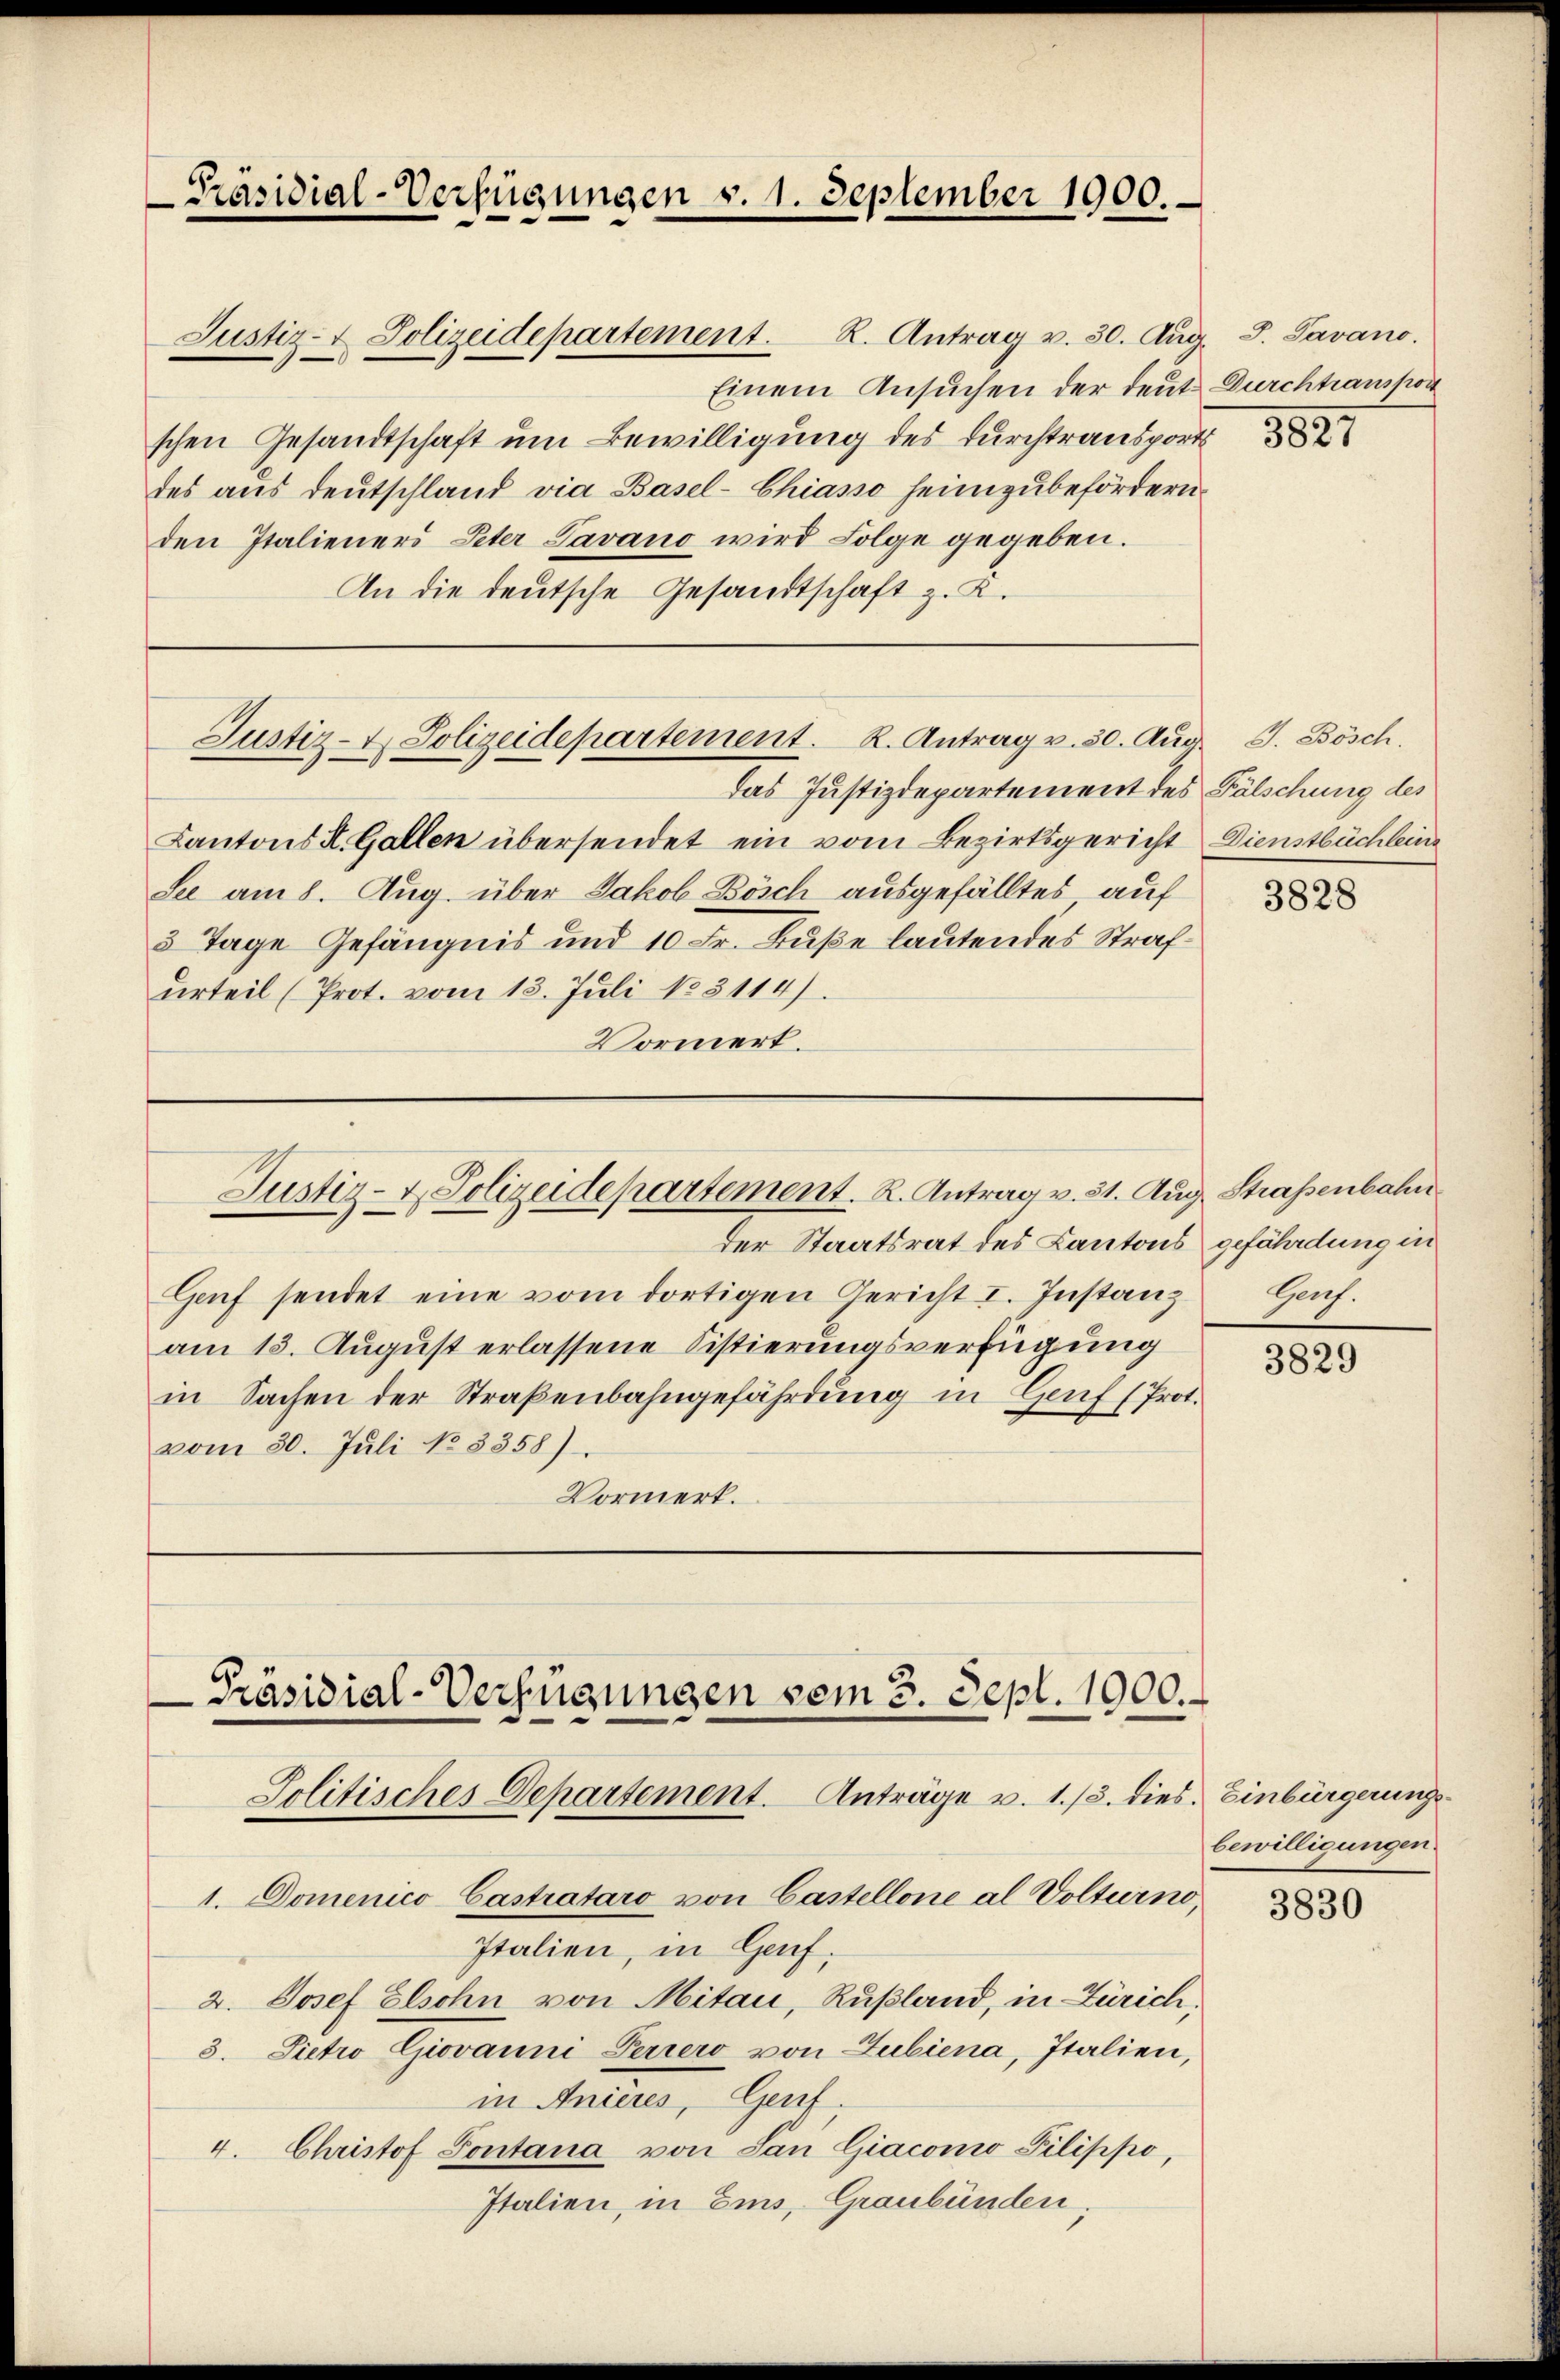
Präsidial-Verfügungen v. 1. September 1900.

Einem Ansuchen der deut. Durchtranspor
schen Gesandtschaft um Bewilligung des Durchtransports
des aus deutschland via Basel-Chiasso heimzubefördern.
den Italieners Peter Tavano wird Folge gegeben.
An die deutsche Gesandtschaft z. K.

Justiz- & Polizeidepartement. R. Antrag v. 30. Aug.

Das Justizdepartement des Fälschung des
Cantons K. Gallen übersendet ein vom Bezirksgericht
See am 8. Aug. über Jakob Bösch ausgefälltes auf
3 Tage Gefängnis und 10 Fr. Buße lautendes Strafurteil (Prot. vom 13. Juli 183114)
Vormert.

Justiz- & Polizeidepartement. R. Antrag v. 30. Aug. J. Bösch.

Justiz- & Polizeidepartement. R. Antrag v. 31. Aug. Straßenbahn

der Staatsrat des Kantons gefährdung in
Genf sendet eine vom dortigen Gericht I. Instanz
am 13. August erlassene Sistierungsverfügung
in Sachen der Straßenbahngefährdung in Genf (Prot.
vom 30. Juli No 3358)
Vormerk.

Präsidial-Verfügungen vom 3. Sept. 1900.
Politisches Departement. Anträge v. 1. /3. dies. Einbürgerungs¬

1. Domenico Castrataro von Castellone al Volturno,
Italien, in Genf.
2. Josef Elsohn von Mitau, Rußland, in Zürich,
3. Pietro Giovanni Feriero von Lubiena, Italien,
in Anières, Genf.
4. Christof Pontana von San Giacomo Pilippo,
Italien, in Eis, Graubünden,

J. Javano.

8821

Dienstbüchlein

3828

Gauf.

3829

bewilligungen.

3830